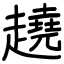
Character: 趬